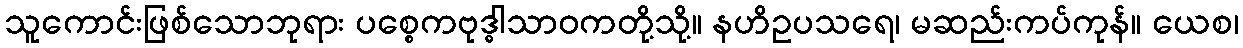
သူကောင်းဖြစ်သောဘုရား ပစ္စေကဗုဒ္ဓါသာဝကတို့သို့။ နဟိဥပသရေ၊ မဆည်းကပ်ကုန်။ ယေစ၊